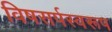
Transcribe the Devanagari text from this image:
विषसर्पस्वरूप